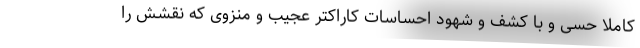
کاملا حسی و با کشف و شهود احساسات کاراکتر عجیب و منزوی که نقشش را